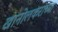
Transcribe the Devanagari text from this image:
खानोलकरांच्या